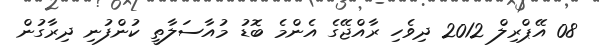
08 އޭޕްރިލް 2012 ދިވެހި ރާއްޖޭގެ އެންމެ ބޮޑު މުއާސަލާތީ ކުންފުނި ދިރާގުން